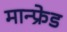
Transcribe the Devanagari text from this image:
मान्फ्रेड